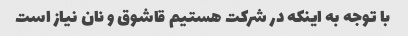
با توجه به اینکه در شرکت هستیم قاشوق و نان نیاز است